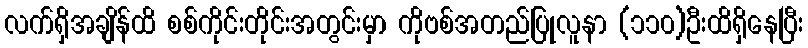
လက်ရှိအချိန်ထိ စစ်ကိုင်းတိုင်းအတွင်းမှာ ကိုဗစ်အတည်ပြုလူနာ (၁၁၀)ဦးထိရှိနေပြီး